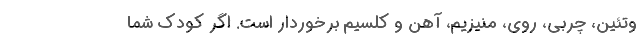
وتئین، چربی، روی، منیزیم، آهن و کلسیم برخوردار است. اگر کودک شما